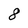
Character: 8